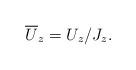
LaTeX: \begin{align*}\overline{U}_z=U_z/J_z.\end{align*}